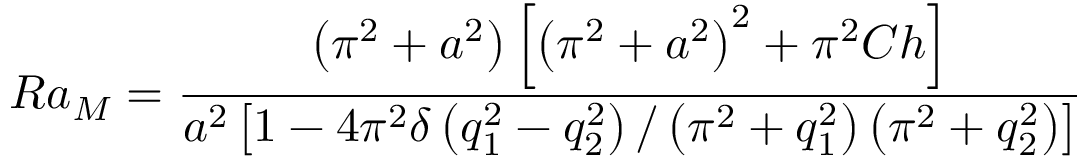
R a _ { M } = \frac { \left( \pi ^ { 2 } + a ^ { 2 } \right) \left[ \left( \pi ^ { 2 } + a ^ { 2 } \right) ^ { 2 } + \pi ^ { 2 } C h \right] } { a ^ { 2 } \left[ 1 - 4 \pi ^ { 2 } \delta \left( q _ { 1 } ^ { 2 } - q _ { 2 } ^ { 2 } \right) / \left( \pi ^ { 2 } + q _ { 1 } ^ { 2 } \right) \left( \pi ^ { 2 } + q _ { 2 } ^ { 2 } \right) \right] }